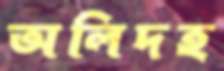
অলিদহ